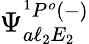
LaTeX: \Psi_{a\ell_{2}E_{2}}^{{^1P^{o}}(-)}